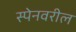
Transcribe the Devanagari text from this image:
स्पेनवरील